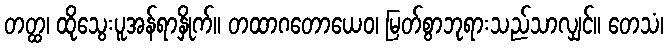
တတ္ထ၊ ထိုသွေးပူအန်ရာနှိုက်။ တထာဂတောယေဝ၊ မြတ်စွာဘုရားသည်သာလျှင်။ တေသံ၊